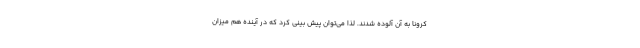
کرونا به آن آلوده شدند. لذا می‌توان پیش بینی کرد که در آینده هم میزان